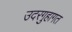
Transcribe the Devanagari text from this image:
उदरगुहागत